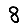
Digit: 8